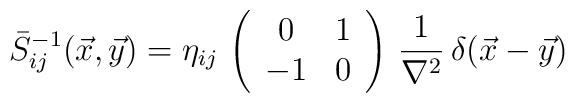
\bar S_{ij}^{-1}(\vec x,\vec y)=\eta_{ij}\,\left(\begin{array}{cc}0&1\\-1&0\end{array}\right)\,\frac{1}{\nabla^2}\,\delta(\vec x-\vec y)